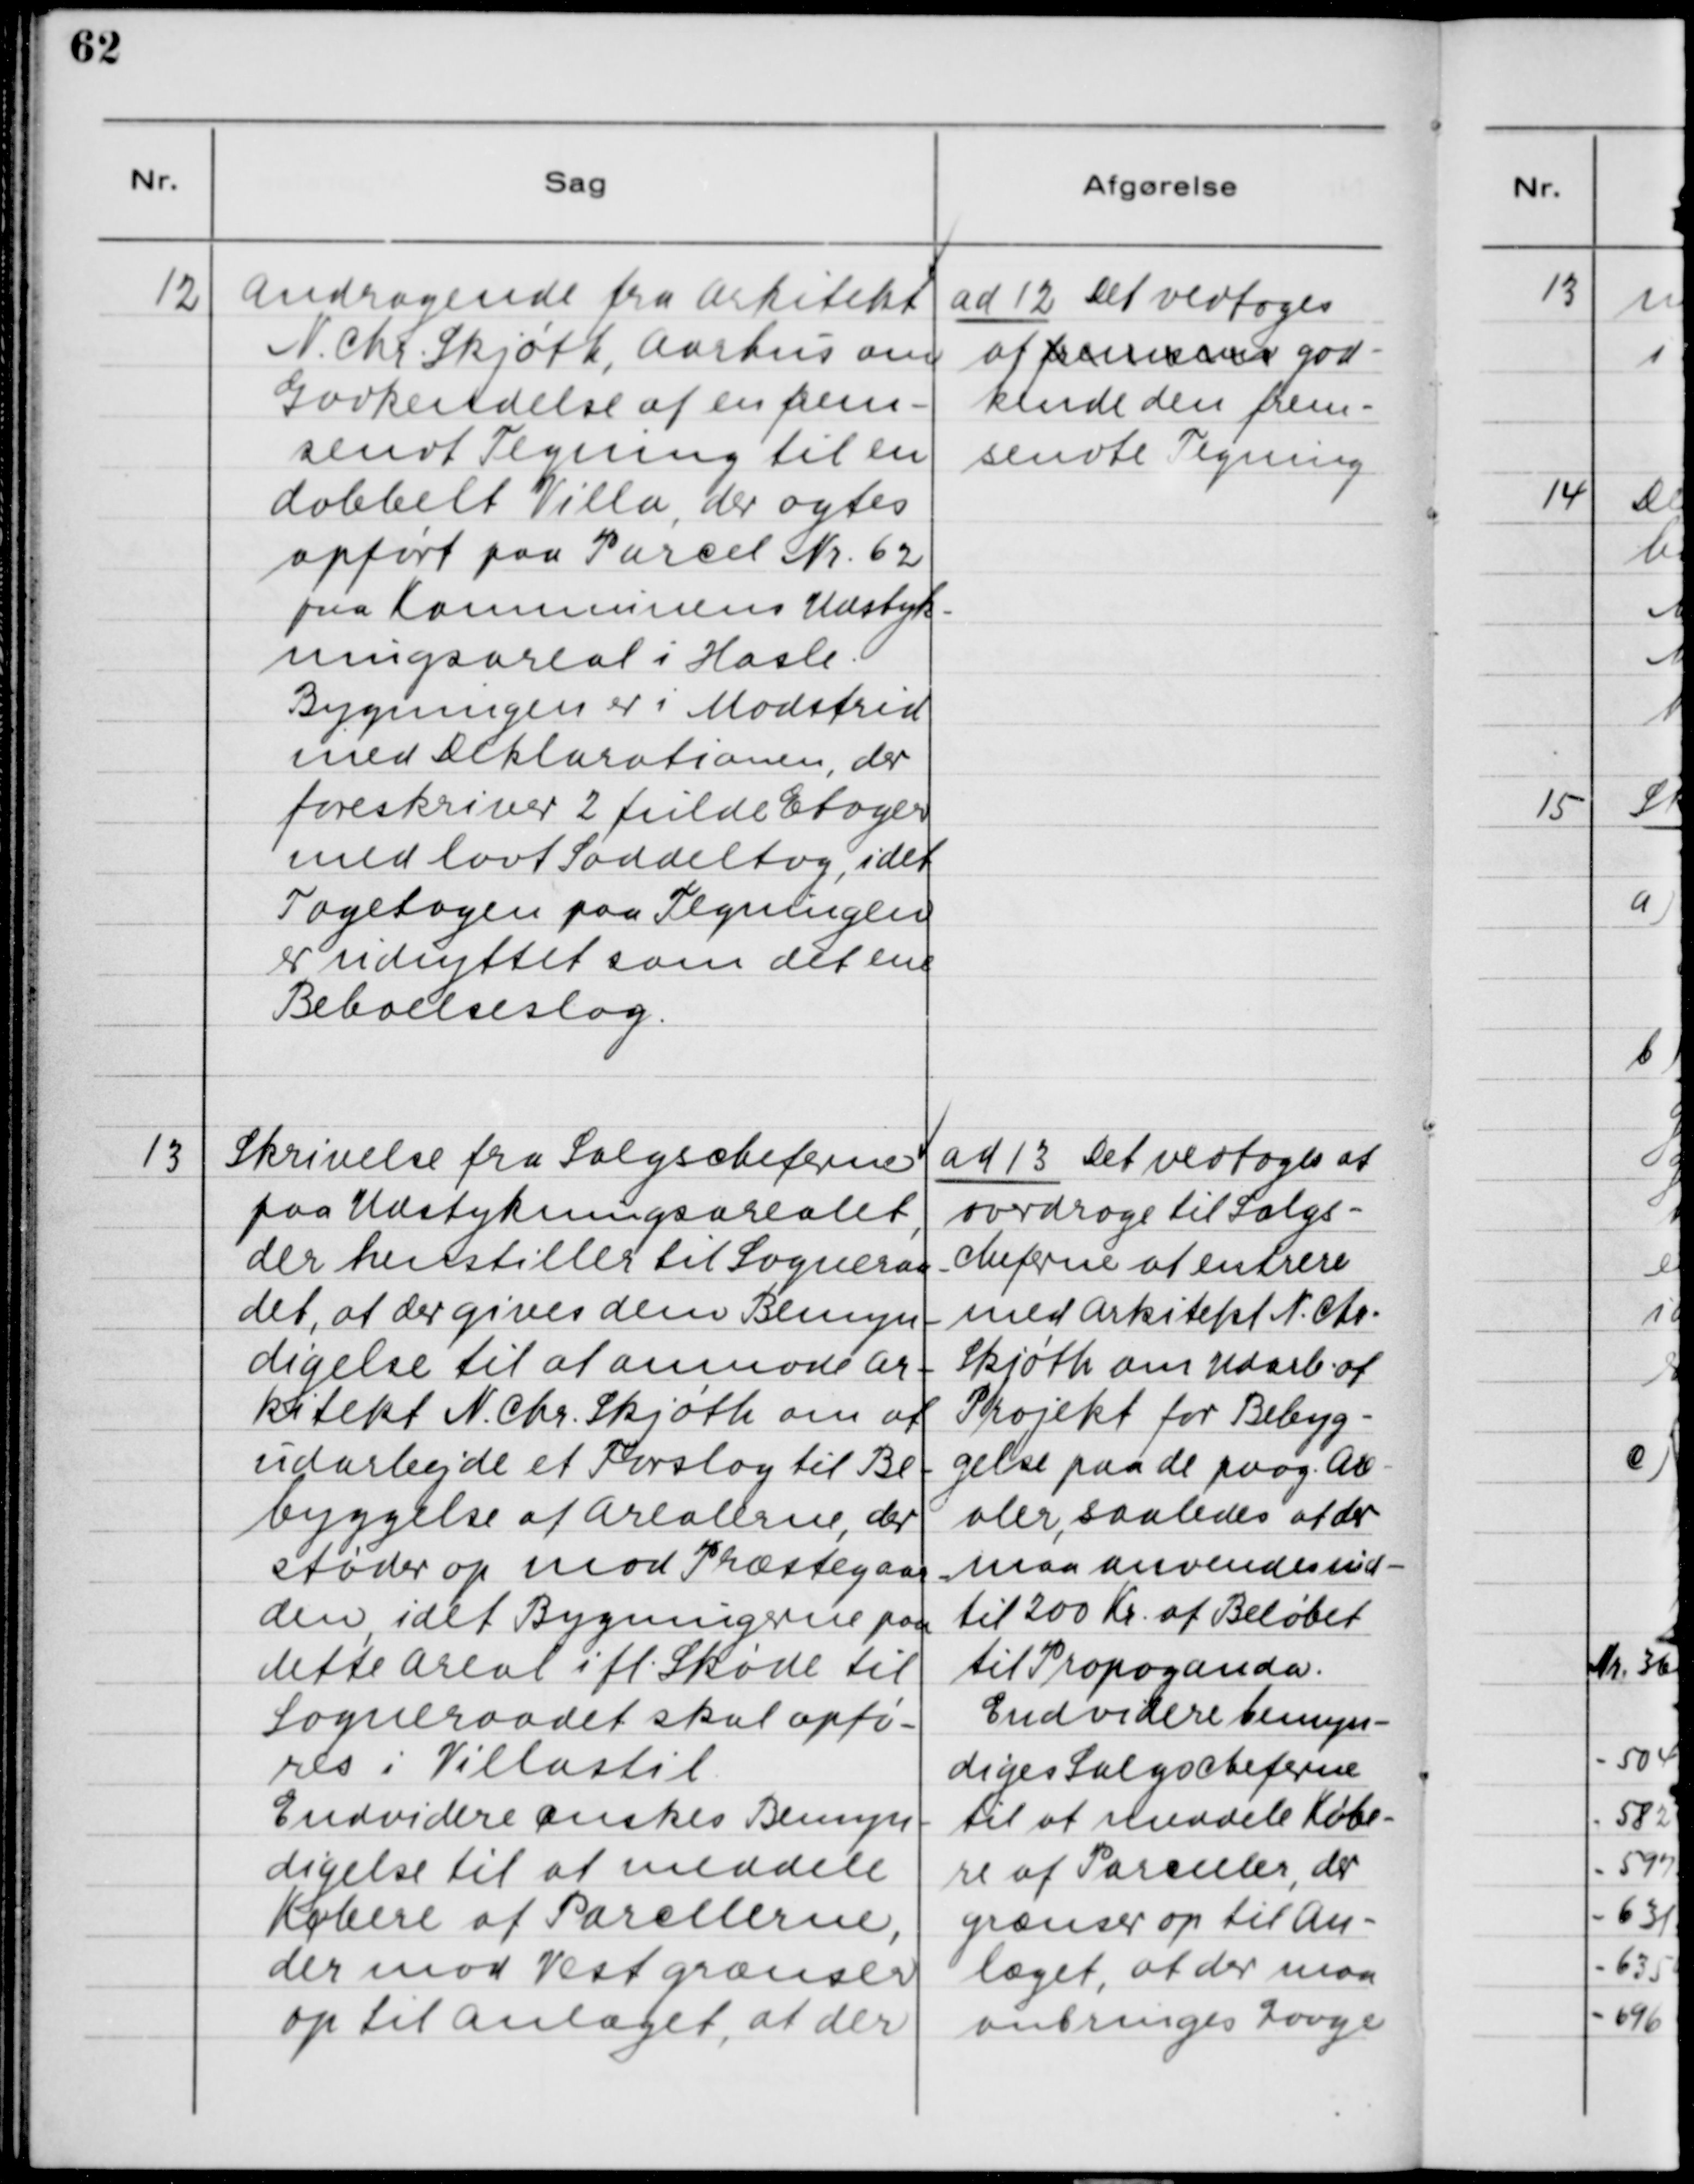
Transskription:
12. Andragende fra Arkitekt
N. Chr. Skjøth, Aarhus om
Godkendelse af en frem-
sendt Tegning til en
dobbelt Villa, der agtes
opført paa Parcel Nr. 62
paa Kommunens Udstyk-
ningsareal i Hasle.
Bygningen er i Modstrid
med Deklarationen, der
foreskriver 2 fulde Etager
med lavt Saddeltag, idet
Tagetagen paa Tegningen
er udnyttet som det ene
Beboelseslag.

ad 12. Det vedtoges
at fremsend god-
kende den frem-
sendte Tegning.

13. Skrivelse fra Salgscheferne
paa Udstykningsarealet,
der henstillet til Sogneraa-
det, at der gives dem Bemyn-
digelse til at anmode Ar-
kitekt N. Chr. Skjøth om at
udarbejde et Forslag til Be-
byggelse af Arealerne, der
støder op mod Præstegaar-
den, idet Bygningerne paa
dette Areal ifl. Skøde til
Sogneraadet skal opfø-
res i Villastil.
Endvidere ønskes Bemyn-
digelse til at meddele
Køberne af Parcellerne,
der mod Vest grænser
op til Anlæget, at der

ad 13. Det vedtoges at
overdrage til Salgs-
cheferne at entrere
med Arkitekt N. Chr.
Skjøth om Udarb. af
Projekt for Bebyg-
gelse paa de Are-
aler, saaledes at der
maa anvendes ind-
til 200 Kr. af Beløbet
til Propaganda.
Endvidere bemyn-
diges Salgscheferne
til at meddele Købe-
re af Parceller, der
grænser op til An-
læget, at der maa
anbringes Laage